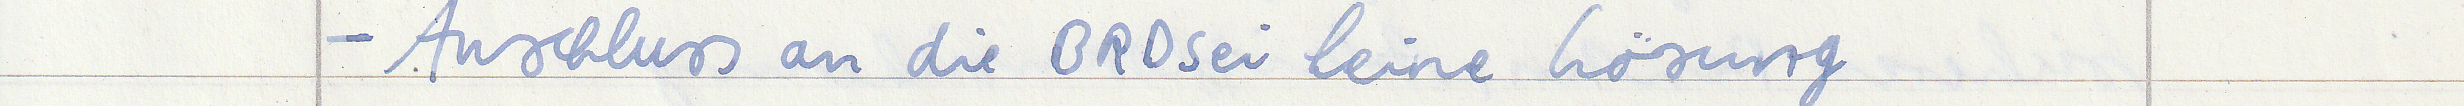
- Anschluss an die BRD sei keine Lösung